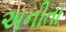
અનીતા